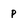
Character: p